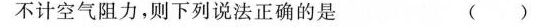
不计空气阻力，则下列说法正确的是 （）